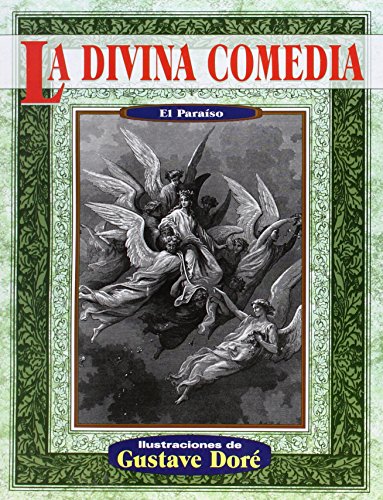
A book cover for La divina comedia paraiso (Illustrated by Dore) (Spanish Edition); Dante Alighieri; Literature & Fiction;